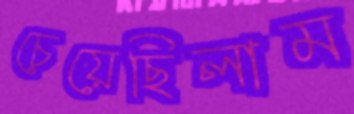
চেয়েছিলাম